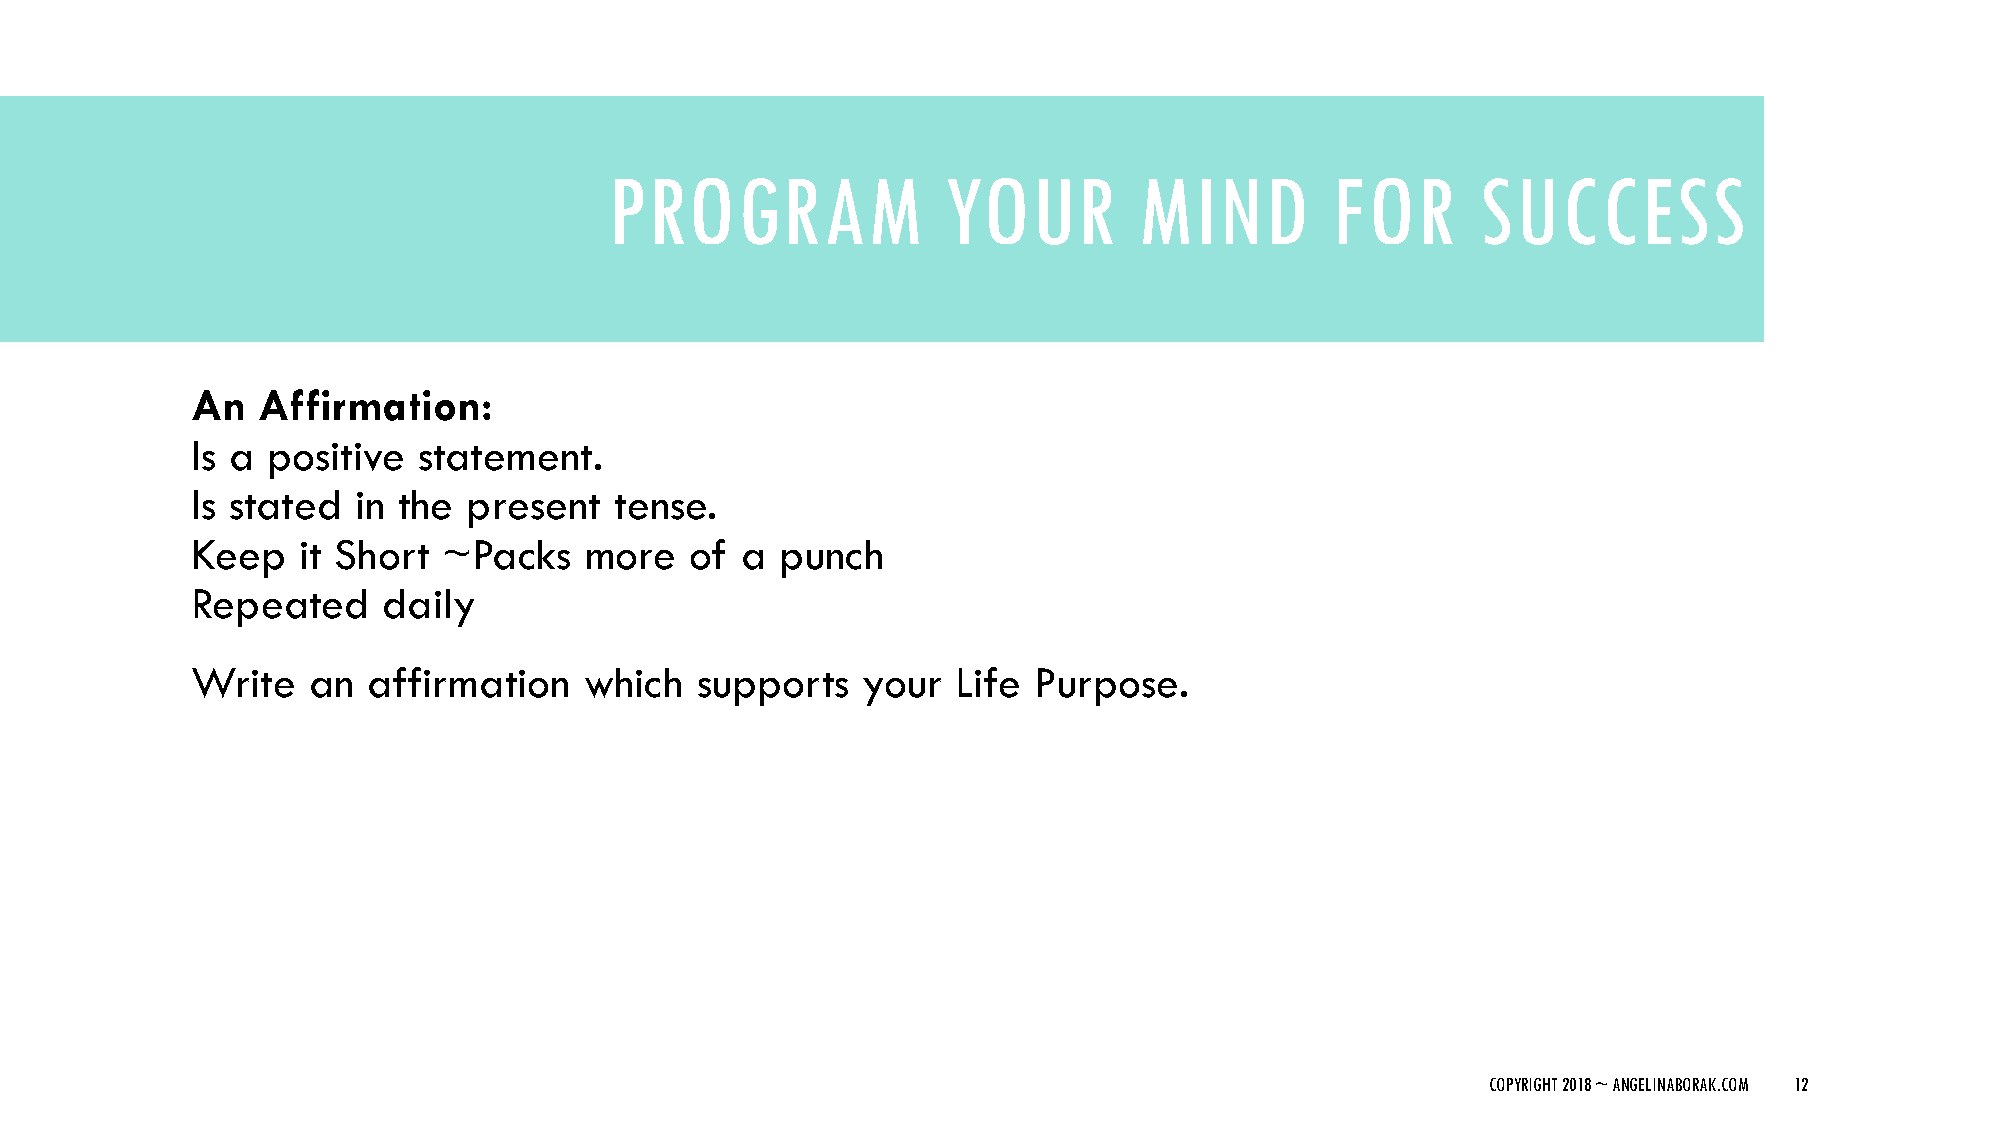
PROGRAM               YOUR         MIND         FOR       SUCCESS
 An  Affirmation:
 Is a positive  statement.
 Is stated  in the present   tense.
 Keep   it Short ~Packs    more   of a  punch
 Repeated    daily
 Write  an  affirmation    which  supports   your  Life Purpose.
 COPYRIGHT 2018 ~ ANGELINABORAK.COM 12